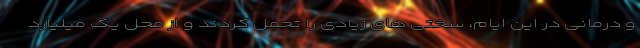
و درمانی در این ایام، سختی های زیادی را تحمل کردند و از محل یک میلیارد